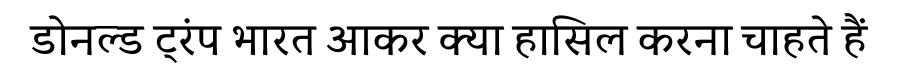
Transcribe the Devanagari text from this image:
डोनल्ड ट्रंप भारत आकर क्या हासिल करना चाहते हैं